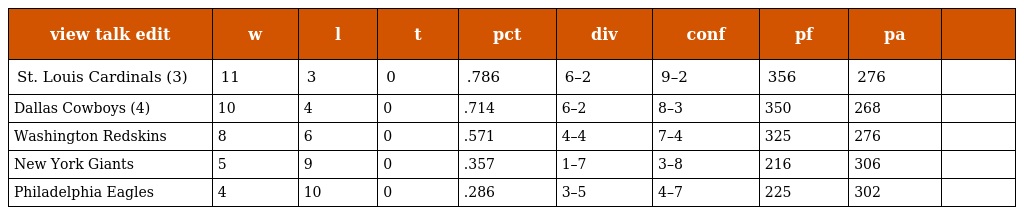
| view talk edit | w | l | t | pct | div | conf | pf | pa |  |
 | --- | --- | --- | --- | --- | --- | --- | --- | --- | --- |
 | St. Louis Cardinals (3) | 11 | 3 | 0 | .786 | 6–2 | 9–2 | 356 | 276 |  |
 | Dallas Cowboys (4) | 10 | 4 | 0 | .714 | 6–2 | 8–3 | 350 | 268 |  |
 | Washington Redskins | 8 | 6 | 0 | .571 | 4–4 | 7–4 | 325 | 276 |  |
 | New York Giants | 5 | 9 | 0 | .357 | 1–7 | 3–8 | 216 | 306 |  |
 | Philadelphia Eagles | 4 | 10 | 0 | .286 | 3–5 | 4–7 | 225 | 302 |  |